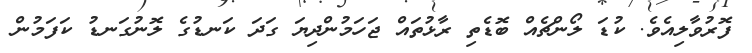
ފޮރުވާލިއެވެ. ކުޑަ ލޯންޗެއް ބޮޑެތި ރާޅުތައް ޖަހަމުންދިޔަ ގަދަ ކަނޑުގެ ލޮނުގަނޑު ކަފަމުން